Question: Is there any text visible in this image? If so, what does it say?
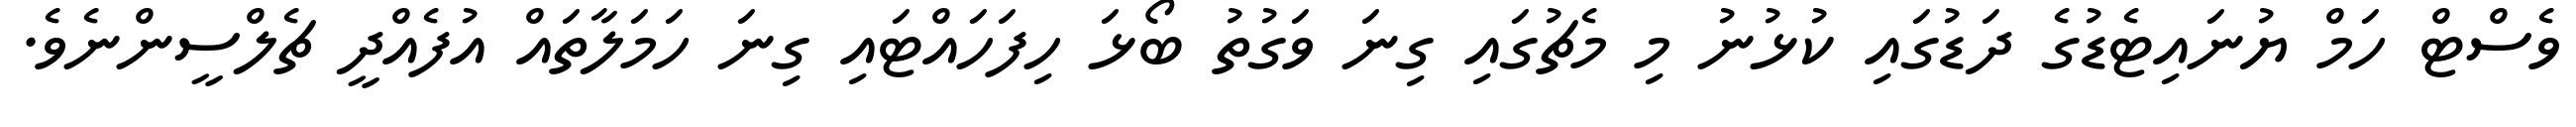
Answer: ވެސްޓް ހަމް ޔުނައިޓެޑުގެ ދަޑުގައި ކުޅުނު މި މެޗުގައި ގިނަ ވަގުތު ބޯޅަ ހިފަހައްޓައި ގިނަ ހަމަލާތައް އުފެއްދީ ޗެލްސީންނެވެ.